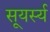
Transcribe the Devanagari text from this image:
सूयर्स्य